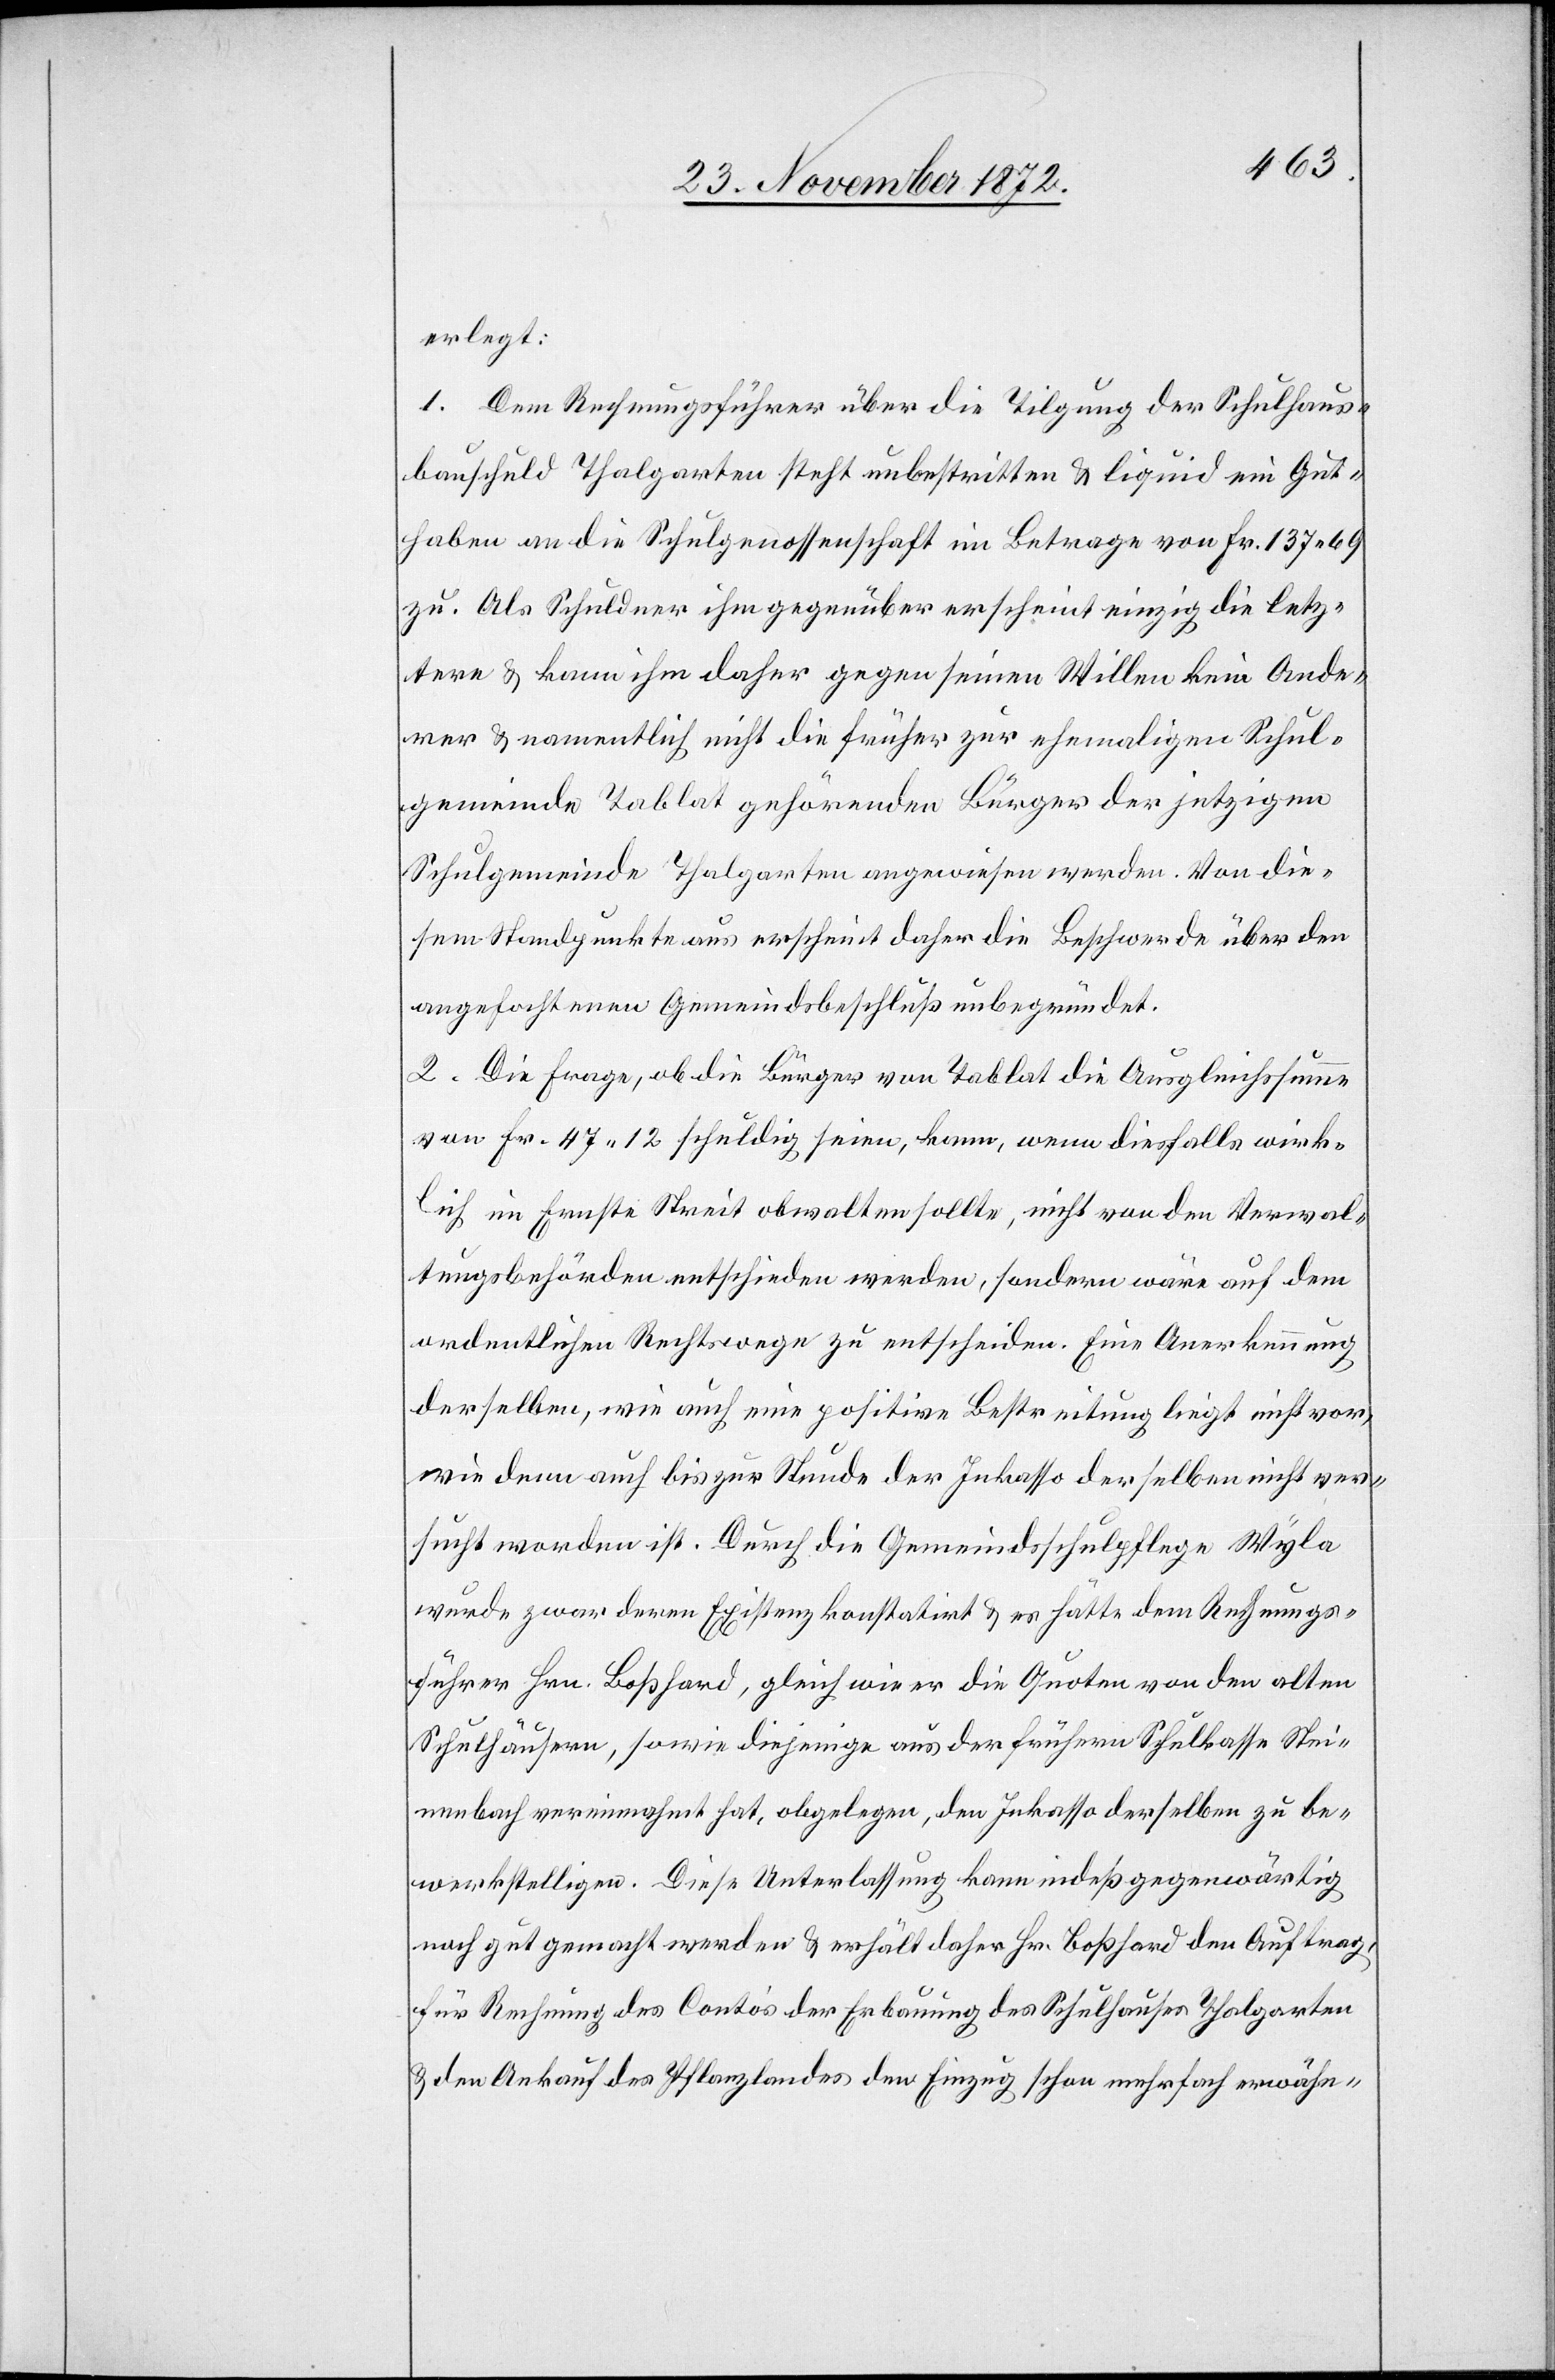
erlegt:
1. Dem Rechnungsführer über die Tilgung der Schulhaus¬
bauschuld Thalgarten steht unbestritten u. liquid ein Gut¬
haben an die Schulgenossenschaft im Betrage von Fr. 137 69
zu. Als Schuldner ihm gegenüber erscheint einzig die letz¬
tere u. kann ihm daher gegen seinen Willen kein Ande¬
rer u. namentlich nicht die früher zur ehemaligen Schul¬
gemeinde Tablat gehörende Bürger der jetzigen
Schulgemeinde Thalgarten angewiesen werden. Von die¬
sem Standpunkte aus erscheint daher die Beschwerde über den
angefochtenen Gemeindsbeschluß unbegründet.
2. Die Frage, ob die Bürger von Tablat die Ausgleichssumme
von Fr. 47 12 schuldig seien, kann, wenn diesfalls wirk¬
lich im Ernste Streit obwalten sollte, nicht von den Verwal¬
tungsbehörden entschieden werden, sondern wäre auf dem
ordentlichen Rechtswege zu entscheiden. Eine Anerkennung
derselben, wie auch eine positive Bestreitung liegt nicht vor,
wie denn auch bis zur Stunde der Inkasso derselben nicht ver¬
sucht worden ist. Durch die Gemeindsschulpflege Wyla
wurde zwar deren Existenz konstatirt u. es hätte dem Rechnungs¬
führer Hrn. Boßhard, gleich wie er die Quoten von den alten
Schulhäusern, sowie diejenige aus der frühern Schulkasse Stei¬
nenbach vereinnahmt hat, obgelegen, den Inkasso derselben zu be¬
werkstelligen. Diese Unterlassung kann indeß gegenwärtig
noch gut gemacht werden u. erhält daher Hr. Boßhard den Auftrag,
für Rechnung des Contos der Erbauung des Schulhauses Thalgarten
u. den Ankauf des Pflanzlandes den Einzug schon mehrfach erwähn-